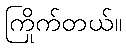
ကြိုက်တယ်။